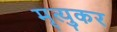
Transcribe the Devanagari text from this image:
मृत्युकर